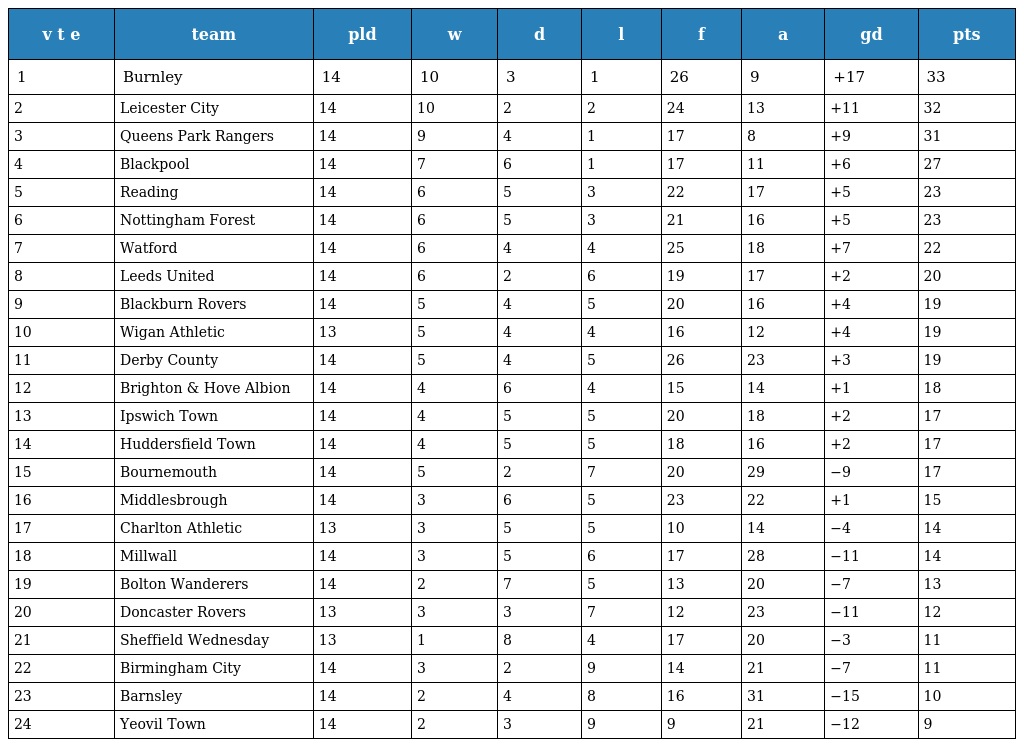
| v t e | team | pld | w | d | l | f | a | gd | pts |
 | --- | --- | --- | --- | --- | --- | --- | --- | --- | --- |
 | 1 | Burnley | 14 | 10 | 3 | 1 | 26 | 9 | +17 | 33 |
 | 2 | Leicester City | 14 | 10 | 2 | 2 | 24 | 13 | +11 | 32 |
 | 3 | Queens Park Rangers | 14 | 9 | 4 | 1 | 17 | 8 | +9 | 31 |
 | 4 | Blackpool | 14 | 7 | 6 | 1 | 17 | 11 | +6 | 27 |
 | 5 | Reading | 14 | 6 | 5 | 3 | 22 | 17 | +5 | 23 |
 | 6 | Nottingham Forest | 14 | 6 | 5 | 3 | 21 | 16 | +5 | 23 |
 | 7 | Watford | 14 | 6 | 4 | 4 | 25 | 18 | +7 | 22 |
 | 8 | Leeds United | 14 | 6 | 2 | 6 | 19 | 17 | +2 | 20 |
 | 9 | Blackburn Rovers | 14 | 5 | 4 | 5 | 20 | 16 | +4 | 19 |
 | 10 | Wigan Athletic | 13 | 5 | 4 | 4 | 16 | 12 | +4 | 19 |
 | 11 | Derby County | 14 | 5 | 4 | 5 | 26 | 23 | +3 | 19 |
 | 12 | Brighton & Hove Albion | 14 | 4 | 6 | 4 | 15 | 14 | +1 | 18 |
 | 13 | Ipswich Town | 14 | 4 | 5 | 5 | 20 | 18 | +2 | 17 |
 | 14 | Huddersfield Town | 14 | 4 | 5 | 5 | 18 | 16 | +2 | 17 |
 | 15 | Bournemouth | 14 | 5 | 2 | 7 | 20 | 29 | −9 | 17 |
 | 16 | Middlesbrough | 14 | 3 | 6 | 5 | 23 | 22 | +1 | 15 |
 | 17 | Charlton Athletic | 13 | 3 | 5 | 5 | 10 | 14 | −4 | 14 |
 | 18 | Millwall | 14 | 3 | 5 | 6 | 17 | 28 | −11 | 14 |
 | 19 | Bolton Wanderers | 14 | 2 | 7 | 5 | 13 | 20 | −7 | 13 |
 | 20 | Doncaster Rovers | 13 | 3 | 3 | 7 | 12 | 23 | −11 | 12 |
 | 21 | Sheffield Wednesday | 13 | 1 | 8 | 4 | 17 | 20 | −3 | 11 |
 | 22 | Birmingham City | 14 | 3 | 2 | 9 | 14 | 21 | −7 | 11 |
 | 23 | Barnsley | 14 | 2 | 4 | 8 | 16 | 31 | −15 | 10 |
 | 24 | Yeovil Town | 14 | 2 | 3 | 9 | 9 | 21 | −12 | 9 |